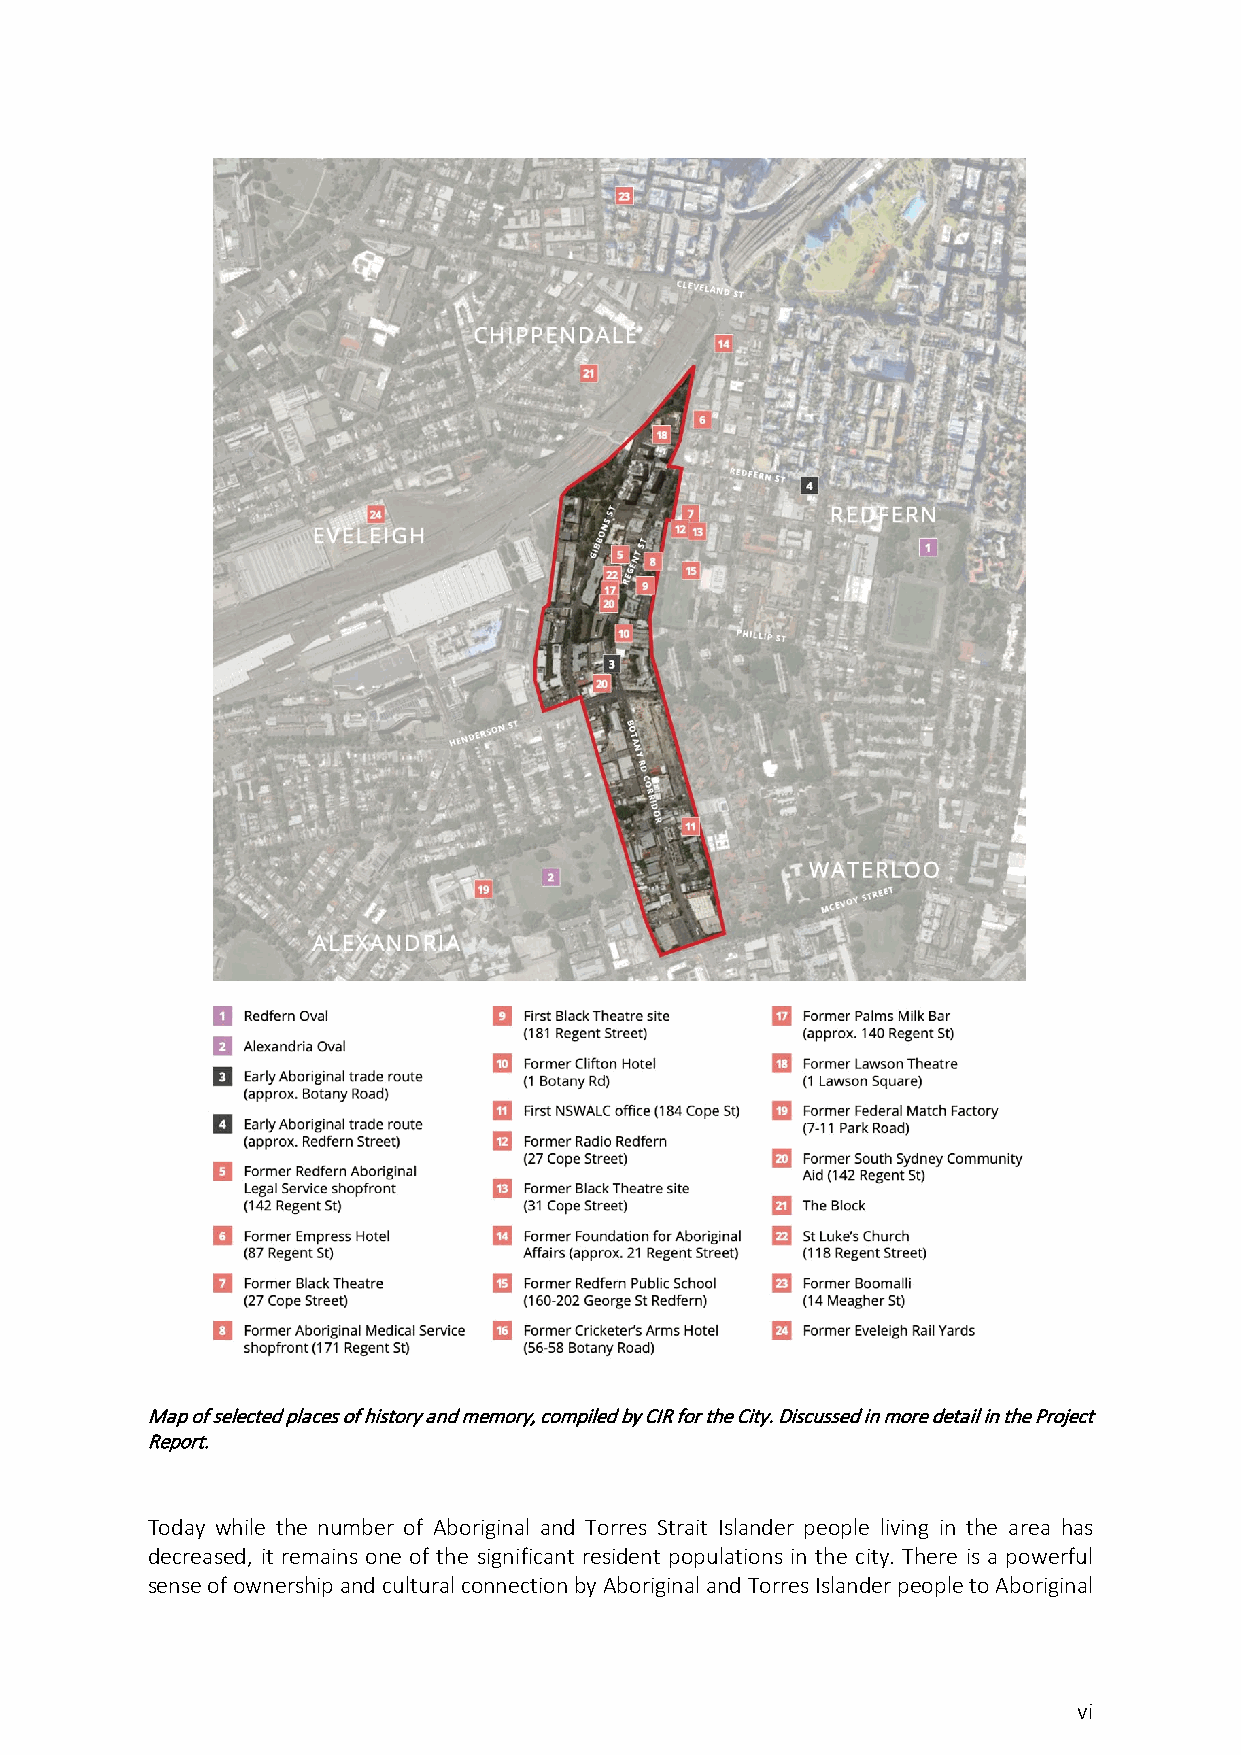
Map of selected places of history and memory, compiled by CIR for the City. Discussed in more detail in the Project
 Report.
 Today while the number of Aboriginal and Torres Strait Islander people living in the area has
 decreased, it remains one of the significant resident populations in the city. There is a powerful
 sense of ownership and cultural connection by Aboriginal and Torres Islander people to Aboriginal
 vi